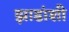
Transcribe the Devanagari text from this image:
झाडांशी